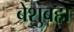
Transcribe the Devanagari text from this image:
बेशुबहा